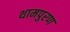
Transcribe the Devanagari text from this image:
थामपुरण